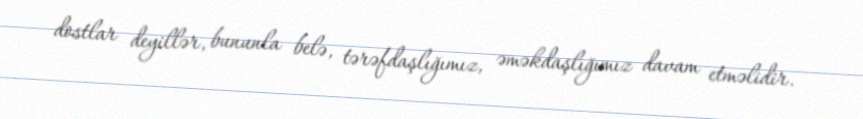
dostlar deyillər, bununla belə, tərəfdaşlığımız, əməkdaşlığımız davam etməlidir.